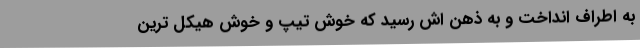
به اطراف انداخت و به‌ ذهن‌ اش رسید که خوش‌ تیپ و خوش‌ هیکل‌ ترین